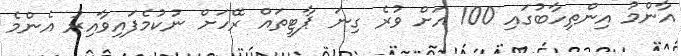
އާންމު އިންތިހާބުގައި 100 އަށް ވުރެ ގިނަ ޕާޓީތައް ރޭހަށް ނުކުމެފައިވާއިރު އެންމެ